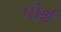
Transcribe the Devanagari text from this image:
पोर्श्च